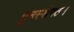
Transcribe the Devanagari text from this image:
पुनस्संगठन